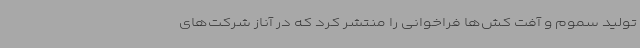
تولید سموم و آفت کش‌ها فراخوانی را منتشر کرد که در آناز شرکت‌های